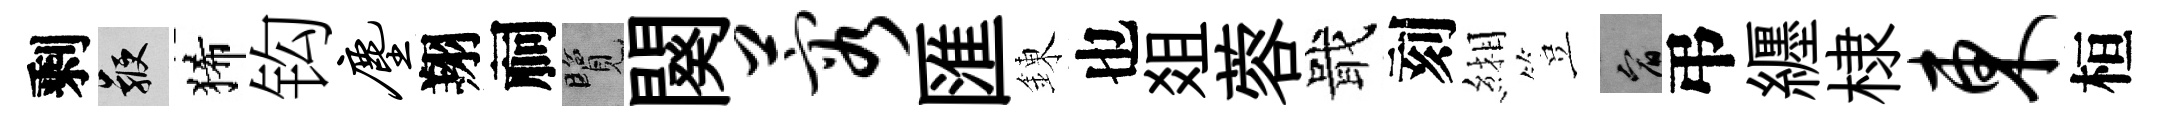
剩鞭狶钩尘翔祠覽闋蓉匯錬也爼蓉戢刻緗豈宥弔纒棣东桓